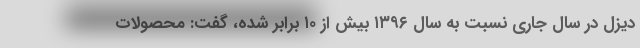
دیزل در سال جاری نسبت به سال ۱۳۹۶ بیش از ۱۰ برابر شده، گفت: محصولات